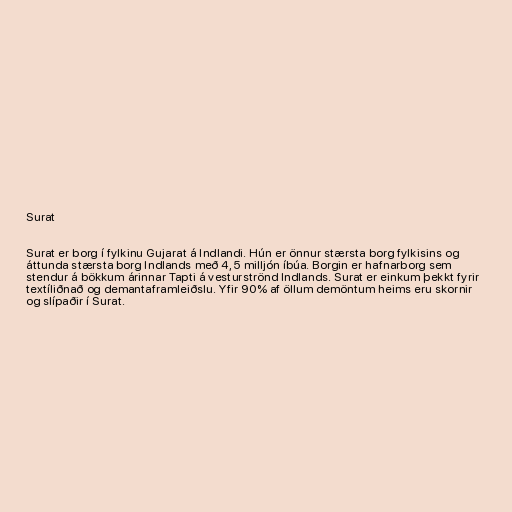
Surat

Surat er borg í fylkinu Gujarat á Indlandi. Hún er önnur stærsta borg fylkisins og
áttunda stærsta borg Indlands með 4,5 milljón íbúa. Borgin er hafnarborg sem
stendur á bökkum árinnar Tapti á vesturströnd Indlands. Surat er einkum þekkt fyrir
textíliðnað og demantaframleiðslu. Yfir 90% af öllum demöntum heims eru skornir
og slípaðir í Surat.